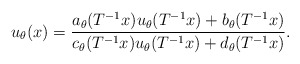
\begin{align*}u_\theta(x)=\frac{a_\theta(T\sp{-1}x)u_\theta(T\sp{-1}x)+b_\theta(T\sp{-1}x)}{c_\theta(T\sp{-1}x)u_\theta(T\sp{-1}x)+d_\theta(T\sp{-1}x)}.\end{align*}